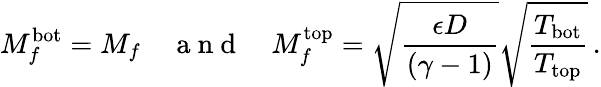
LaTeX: M_{f}^{\mathrm{bot}}=M_{f}\quad\mathrm{~a~n~d~}\quad M_{f}^{\mathrm{top}}=\sqrt{\frac{\epsilon D}{\left(\gamma-1\right)}}\sqrt{\frac{T_{\mathrm{bot}}}{T_{\mathrm{top}}}}\, .